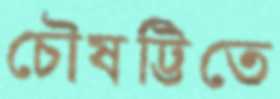
চৌষট্টিতে